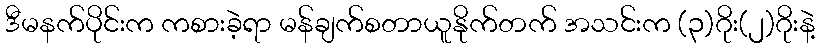
ဒီမနက်ပိုင်းက ကစားခဲ့ရာ မန်ချက်စတာယူနိုက်တက် အသင်းက (၃)ဂိုး(၂)ဂိုးနဲ့